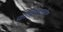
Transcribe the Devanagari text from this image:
फोक्सिङकोट